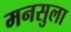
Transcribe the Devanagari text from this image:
मनसुला